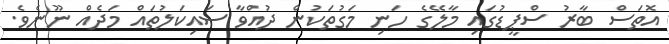
އޮތަސް ބާރު ސްޕީޑުގައި މާލޭގެ ހަނި މަގުތަކުން ދުއްވާ ސައިކަލުތައް މަދެއް ނޫނެވެ.